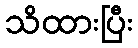
သိထားပြီး